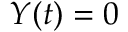
Y ( t ) = 0